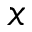
x